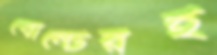
বোল্টেরই